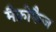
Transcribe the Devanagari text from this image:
मैक्रोफैज